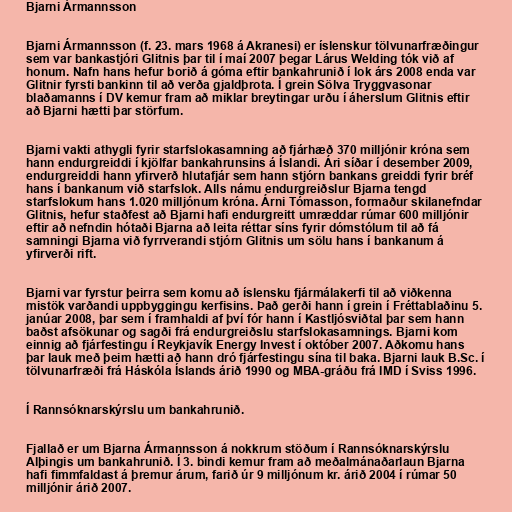
Bjarni Ármannsson

Bjarni Ármannsson (f. 23. mars 1968 á Akranesi) er íslenskur tölvunarfræðingur
sem var bankastjóri Glitnis þar til í maí 2007 þegar Lárus Welding tók við af
honum. Nafn hans hefur borið á góma eftir bankahrunið í lok árs 2008 enda var
Glitnir fyrsti bankinn til að verða gjaldþrota. Í grein Sölva Tryggvasonar
blaðamanns í DV kemur fram að miklar breytingar urðu í áherslum Glitnis eftir
að Bjarni hætti þar störfum.

Bjarni vakti athygli fyrir starfslokasamning að fjárhæð 370 milljónir króna sem
hann endurgreiddi í kjölfar bankahrunsins á Íslandi. Ári síðar í desember 2009,
endurgreiddi hann yfirverð hlutafjár sem hann stjórn bankans greiddi fyrir bréf
hans í bankanum við starfslok. Alls námu endurgreiðslur Bjarna tengd
starfslokum hans 1.020 milljónum króna. Árni Tómasson, formaður skilanefndar
Glitnis, hefur staðfest að Bjarni hafi endurgreitt umræddar rúmar 600 milljónir
eftir að nefndin hótaði Bjarna að leita réttar síns fyrir dómstólum til að fá
samningi Bjarna við fyrrverandi stjórn Glitnis um sölu hans í bankanum á
yfirverði rift.

Bjarni var fyrstur þeirra sem komu að íslensku fjármálakerfi til að viðkenna
mistök varðandi uppbyggingu kerfisins. Það gerði hann í grein í Fréttablaðinu 5.
janúar 2008, þar sem í framhaldi af því fór hann í Kastljósviðtal þar sem hann
baðst afsökunar og sagði frá endurgreiðslu starfslokasamnings. Bjarni kom
einnig að fjárfestingu í Reykjavík Energy Invest í október 2007. Aðkomu hans
þar lauk með þeim hætti að hann dró fjárfestingu sína til baka. Bjarni lauk B.Sc. í
tölvunarfræði frá Háskóla Íslands árið 1990 og MBA-gráðu frá IMD í Sviss 1996.

Í Rannsóknarskýrslu um bankahrunið.

Fjallað er um Bjarna Ármannsson á nokkrum stöðum í Rannsóknarskýrslu
Alþingis um bankahrunið. Í 3. bindi kemur fram að meðalmánaðarlaun Bjarna
hafi fimmfaldast á þremur árum, farið úr 9 milljónum kr. árið 2004 í rúmar 50
milljónir árið 2007.